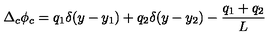
\Delta _ { c } \phi _ { c } = q _ { 1 } \delta ( y - y _ { 1 } ) + q _ { 2 } \delta ( y - y _ { 2 } ) - \frac { q _ { 1 } + q _ { 2 } } { L }